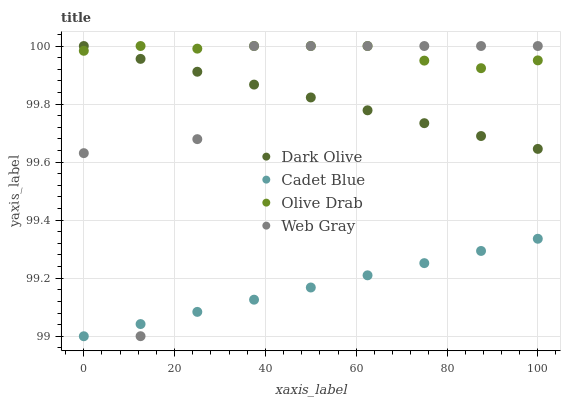
| xaxis_label | Dark Olive | Cadet Blue | Olive Drab | Web Gray |
 | --- | --- | --- | --- | --- |
 | 0 | 100 | 99 | 100 | 99.6 |
 | 12.5 | 100 | 99 | 100 | 99 |
 | 25 | 99.9 | 99.1 | 100 | 99.7 |
 | 37.5 | 99.9 | 99.1 | 100 | 100 |
 | 50 | 99.8 | 99.2 | 100 | 100 |
 | 62.5 | 99.8 | 99.2 | 100 | 100 |
 | 75 | 99.7 | 99.3 | 99.9 | 100 |
 | 87.5 | 99.7 | 99.3 | 99.9 | 100 |
 | 100 | 99.6 | 99.3 | 100 | 100 |